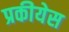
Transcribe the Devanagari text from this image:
प्रकीयेस